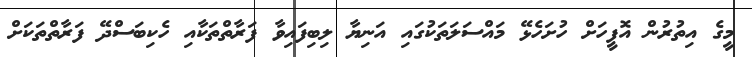
މީގެ އިތުރުން އޮފީހަށް ހުށަހެޅޭ މައްސަލަތަކުގައި އަނިޔާ ލިބިފައިވާ ފަރާތްތަކާއި ހެކިބަސްދޭ ފަރާތްތަކަށް